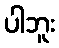
ပါဘူး